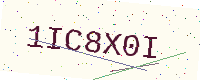
Text: 1IC8X0I